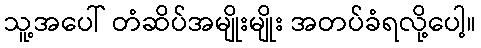
သူ့အပေါ် တံဆိပ်အမျိုးမျိုး အတပ်ခံရလို့ပေါ့။